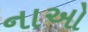
નાઓ